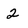
Character: 2